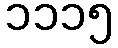
၁၁၁၅